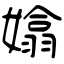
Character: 嬆